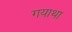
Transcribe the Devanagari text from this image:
गयाथा